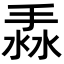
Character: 𢯣